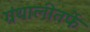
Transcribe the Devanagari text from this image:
ग्रंथालीतर्फे